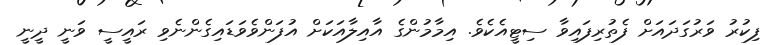
ފިކުރު ވަރުގަދައަށް ފެތުރިފައިވާ ސިޓީއެކެވެ. އިމާމުންގެ އާއިލާއަކަށް އުފަންވެވަޑައިގެންނެވި ރައީސީ ވަނީ ދީނީ